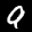
Label: 9